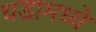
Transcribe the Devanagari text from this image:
धडामध्ये